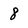
Character: 8